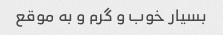
بسیار خوب و گرم و به موقع